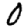
Digit: 0